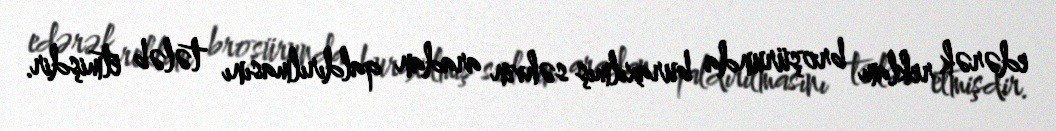
edərək reklam broşürunda buraxılmış səhvin aradan qaldırılmasını tələb etmişdir.